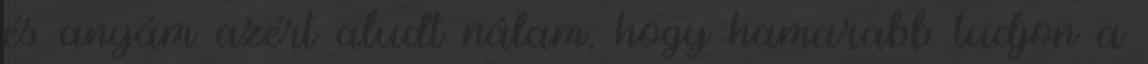
és anyám azért aludt nálam, hogy hamarabb tudjon a